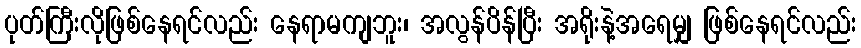
ပုတ်ကြီးလိုဖြစ်နေရင်လည်း နေရာမကျဘူး၊ အလွန်ပိန်ပြီး အရိုးနဲ့အရေမျှ ဖြစ်နေရင်လည်း